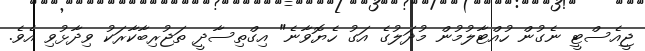
ޖީއެސްޓީ ނެގުން ހުއްޓާލުމުން މުދަލުގެ އަގު ހެޔޮވާނެ" އިގްތިސާދީ ތަޖުރިބާކާރަކު ވިދާޅުވި އެވެ.